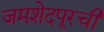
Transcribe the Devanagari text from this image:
जमशेदपूरची